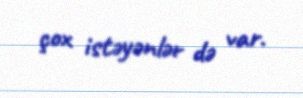
çox istəyənlər də var.